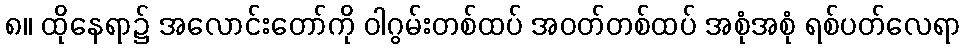
၈။ ထိုနေရာ၌ အလောင်းတော်ကို ဝါဂွမ်းတစ်ထပ် အဝတ်တစ်ထပ် အစုံအစုံ ရစ်ပတ်လေရာ